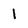
Character: 1